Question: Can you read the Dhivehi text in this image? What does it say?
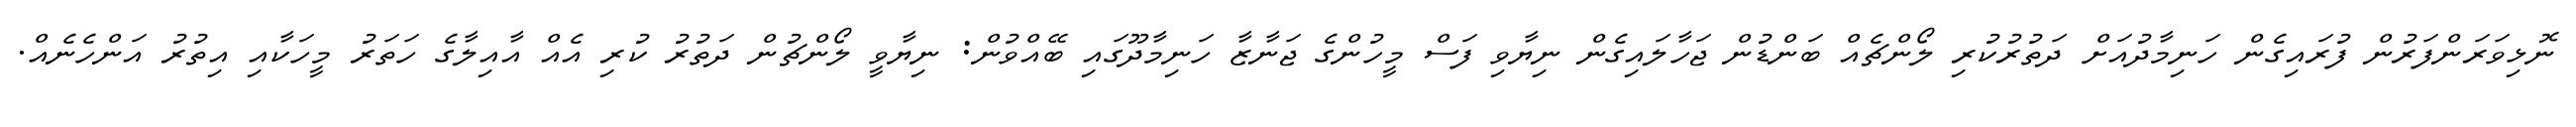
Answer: ނޮޅިވަރަންފަރުން ފުރައިގެން ހަނިމާދުއަށް ދަތުރުކުރި ލޯންޗެއް ބަންޑުން ޖަހާލައިގެން ނިޔާވި ފަސް މީހުންގެ ޖަނާޒާ ހަނިމާދޫގައި ބޭއްވުން: ނިޔާވީ ލޯންޗުން ދަތުރު ކުރި އެއް އާއިލާގެ ހަތަރު މީހަކާއި އިތުރު އަންހެނެއް.